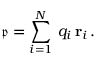
{ \mathfrak { p } } = \sum _ { i = 1 } ^ { N } \, q _ { i } \, \mathbf { r } _ { i } \, .